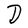
Character: D